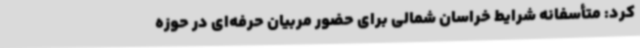
کرد: متأسفانه شرایط خراسان شمالی برای حضور مربیان حرفه‌ای در حوزه